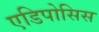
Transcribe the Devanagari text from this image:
एडिपोसिस